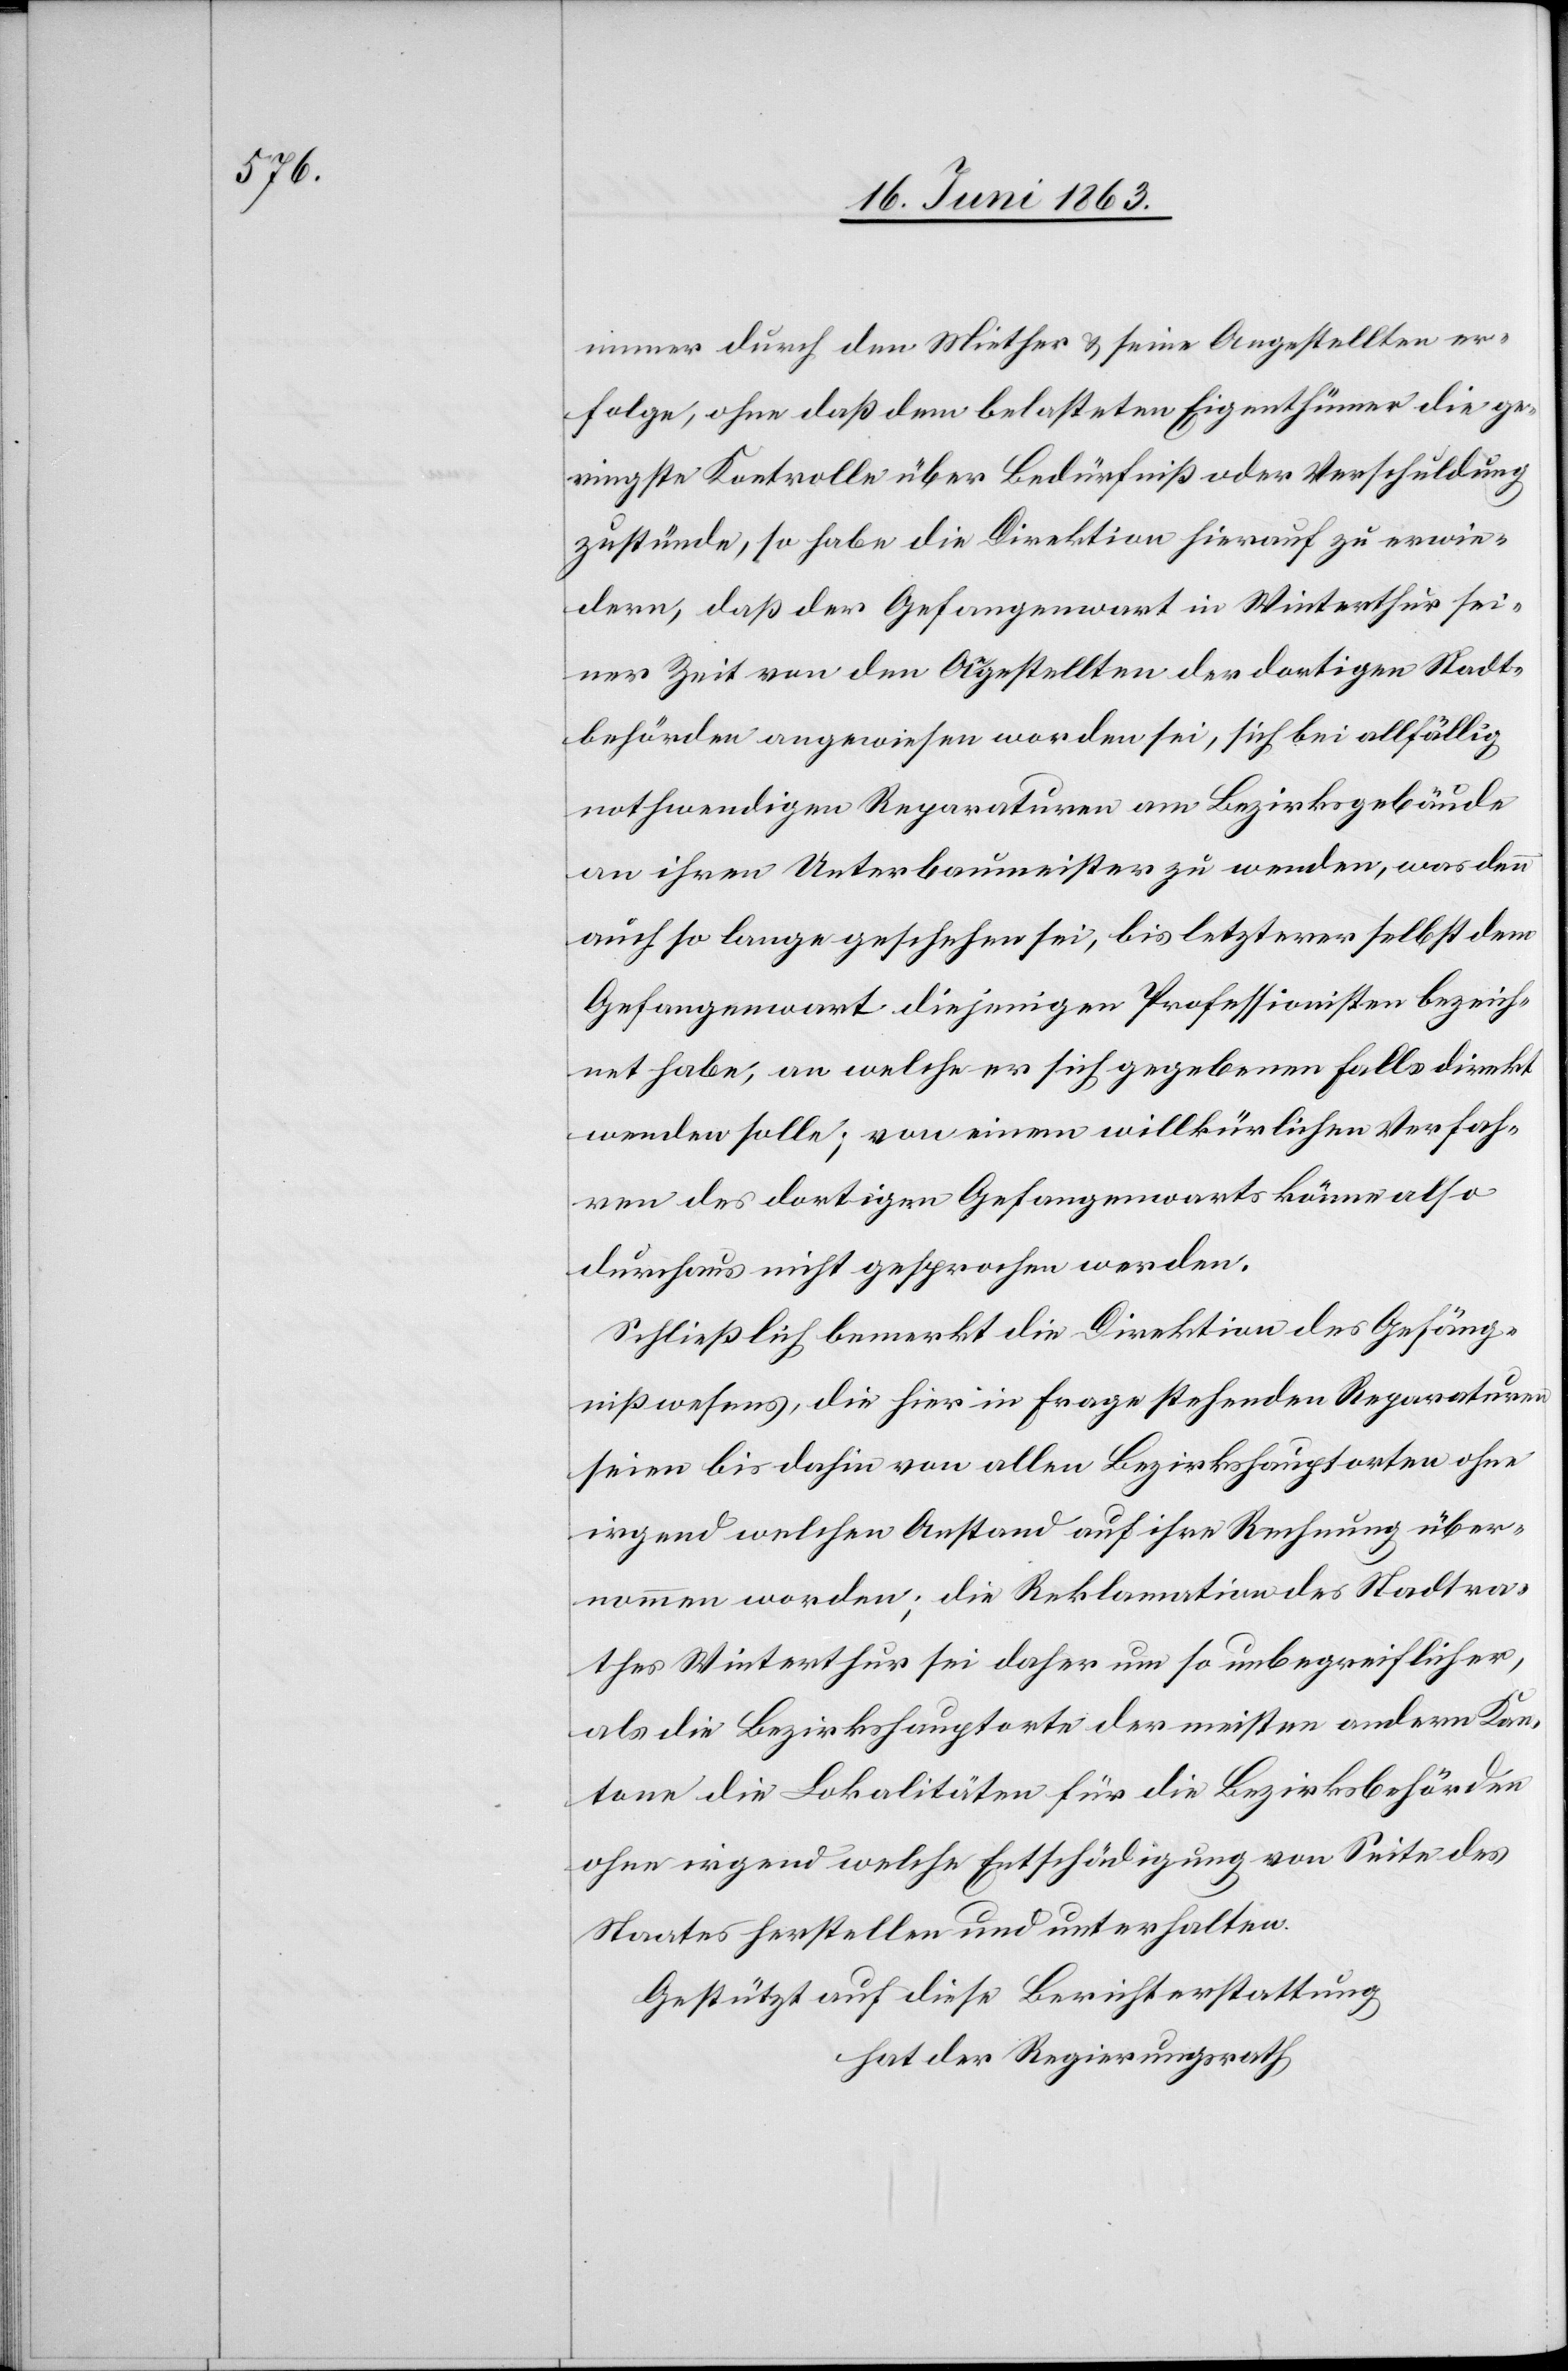
immer durch den Miether & seine Angestellten er¬
folge, ohne daß dem belasteten Eigenthümer die ge¬
ringste Kontrolle über Bedürfniß oder Verschuldung
zustünde, so habe die Direktion hierauf zu erwie¬
dern, daß der Gefangenwart in Winterthur sei¬
ner Zeit von den Angestellten der dortigen Stadt¬
behörden angewiesen worden sei, sich bei allfällig
nothwendigen Reparaturen am Bezirksgebäude
an ihren Unterbaumeister zu wenden, was denn
auch so lange geschehen sei, bis letzterer selbst dem
Gefangenwart diejenigen Professionisten bezeich¬
net habe, an welche er sich gegebenen Falls direkt
wenden solle; von einem willkürlichen Verfah¬
ren des dortigen Gefangenwarts könne also
durchaus nicht gesprochen werden.
Schließlich bemerkt die Direktion des Gefäng¬
nißwesens, die hier in Frage stehenden Reparaturen
seien bis dahin von allen Bezirkshauptorten ohne
irgend welchen Anstand auf ihre Rechnung über¬
nommen worden; die Reklamation des Stadtra¬
thes Winterthur sei daher um so unbegreiflicher,
als die Bezirkshauptorte der meisten andern Kan¬
tone die Lokalitäten für die Bezirksbehörden
ohne irgend welche Entschädigung von Seite des
Staates herstellen und unterhalten.
Gestützt auf diese Berichterstattung
hat der Regierungsrath